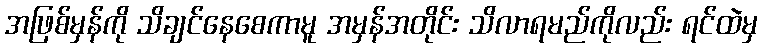
အဖြစ်မှန်ကို သိချင်နေစေကာမူ အမှန်အတိုင်း သိလာရမည်ကိုလည်း ရင်ထဲမှ